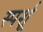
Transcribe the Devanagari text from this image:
स्पर्शू